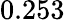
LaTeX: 0.253